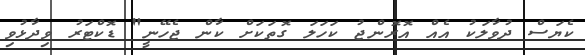
ކެޔަސް ދުވާލަކު އެއް އޮރޮންޖު ކަހަލަ ގޮތަކަށް ކާން ޖެހޭނީ" ޑޮކްޓަރު ވިދާޅުވި